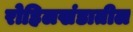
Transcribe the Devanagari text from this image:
रोहिलखंडातील